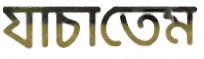
যাচাতেম